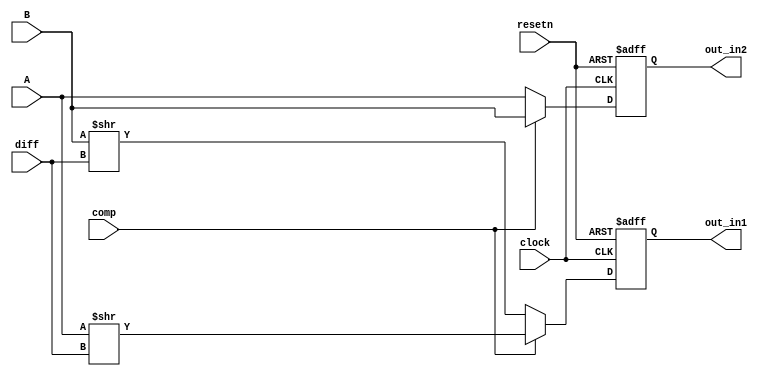
`timescale 1ns / 1ps
//////////////////////////////////////////////////////////////////////////////////
// Company: 
// Engineer: 
// 
// Design Name: 
// Module Name:    fr_shifter 
// Project Name: 
// Target Devices: 
// Tool versions: 
// Description: 
//
// Dependencies: 
//
// Revision: 
// Revision 0.01 - File Created
// Additional Comments: 
//
//////////////////////////////////////////////////////////////////////////////////
module fr_shifter(clock, resetn, A, B, comp, diff, out_in1, out_in2);
	input clock, resetn;

	input [23:0] A, B;
	input	[7:0] diff;
	input comp;
	
	output reg[23:0] out_in1, out_in2;
	//in1 shifr right   (exponent  )
	//in2  (exponent  )
	
	wire [23:0] in1, in2;
	
	assign in2 = (comp) ? B : A;
	assign in1 = (comp) ? A >> diff : B >> diff;
	
	always@(posedge clock, negedge resetn) begin
		if(!resetn) begin
			out_in1 <= 0;
			out_in2 <= 0;
		end
		else begin
			out_in1 <= in1;
			out_in2 <= in2;
		end
	end
					
endmodule